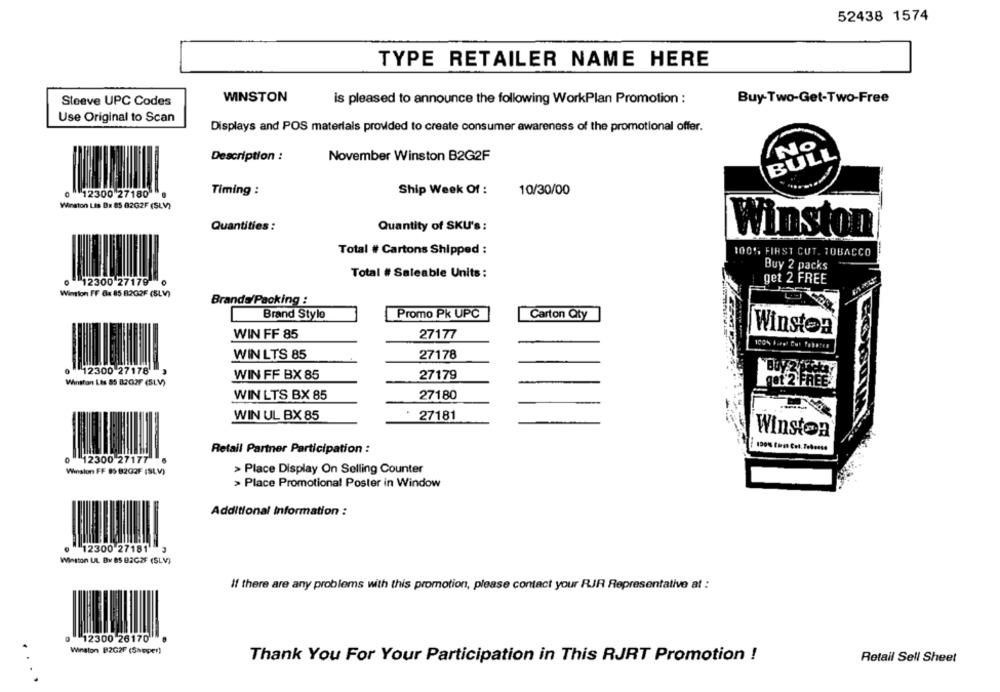
52438 1574
TYPE RETAILER NAME HERE
Sleeve UPC Codes
WINSTON
is pleased to announce the following WorkPlan Promotion :
Buy-Two-Get-Two-Free
Use Original to Scan
Displays and POS materials provided to create consumer awareness of the promotional offer.
NO
Description :
November Winston B2G2F
BULL
0 12300 27180
Timing :
Ship Week Of :
10/30/00
Winston LIS B. 85 82G2F (SLV)
Quantities :
Quantity of SKU's :
Winston
Total # Cartons Shipped :
100% FIRST CUT. TOBACCO
Buy 2 packs
Total # Saleable Units :
0 12300 27179 0
get 2 FREE
Wimtion FF &x 85 8202F (SLV)
Brands/Packing :
Brand Style
Promo Pk UPC
Carton Qty
Winsten
WIN FF 85
27177
100%
WIN LTS 85
27178
12300 27178
WIN FF BX 85
27179
Winston Lts 85 8202F (SLV)
WIN LTS BX 85
27180
WIN UL BX 85
27181
Winston
Retail Partner Participation :
0 12300 27177 6
Winston FF 85 82G2F (SLV)
> Place Display On Selling Counter
> Place Promotional Poster in Window
Additional Information :
12300 27181 3
Winston UL. BY BS B2C2F (SLV)
If there are any problems with this promotion, please contact your RJR Representative at :
0 12300 26170
Winston B2G2F (Shoper)
Thank You For Your Participation in This RJRT Promotion !
Retail Sell Sheet